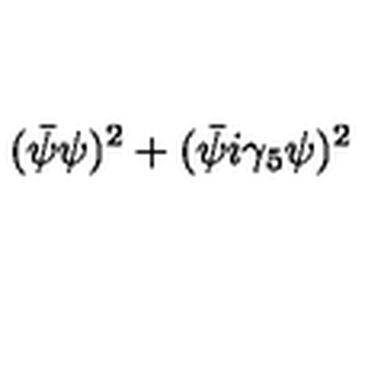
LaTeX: ( \bar { \psi } \psi ) ^ { 2 } + ( \bar { \psi } i \gamma _ { 5 } \psi ) ^ { 2 }